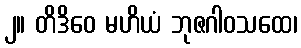
၂။ တိဒိဝေ မဟိယံ ဘုဇဂါဝသထေ၊